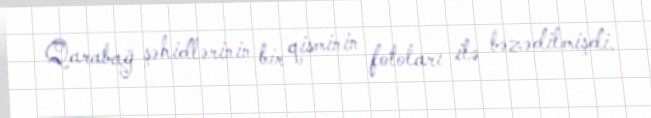
Qarabağ şəhidlərinin bir qisminin fotoları ilə bəzədilmişdi.